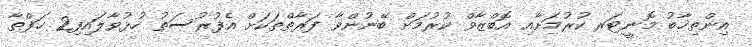
އިންތިޚާބު މޮނީޓަރ ކުރުމަށާއި އޮބްޒާވް ކުރުމަށް ބޭނުންވާ ފަރާތްތަކަށް އެފުރުސަތު ހުޅުވާލައިފި2 ހަފްތާ